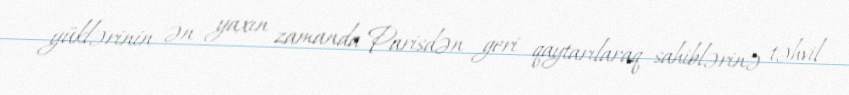
yüklərinin ən yaxın zamanda Parisdən geri qaytarılaraq sahiblərinə təhvil